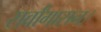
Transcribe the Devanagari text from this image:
सर्वांगासन।